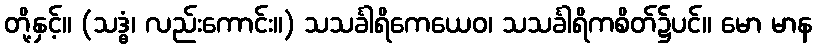
တို့နှင့်။ (သဒ္ဓံ၊ လည်းကောင်း။) သသင်္ခါရိကေယေဝ၊ သသင်္ခါရိကစိတ်၌ပင်။ မော မာန